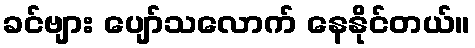
ခင်ဗျား ပျော်သလောက် နေနိုင်တယ်။